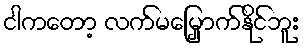
ငါကတော့ လက်မမြှောက်နိုင်ဘူး